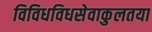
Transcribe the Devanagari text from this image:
विविधविधसेवाकुलतया